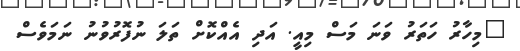
"މިހާރު ހަތަރު ވަނަ މަސް މިއީ. އަދި އެއްކޮށް ތަލަ ނުފޮރުވުނު ނަމަވެސް